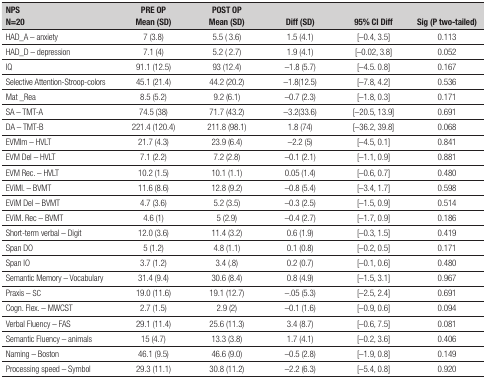
<table><thead><tr><td><b>NPSN=20</b></td><td><b>PRE OP Mean(SD)</b></td><td><b>POST OP Mean(SD)</b></td><td><b>Diff (SD)</b></td><td><b>95% CI Diff</b></td><td><b>Sig (Ptwo-tailed)</b></td></tr></thead><tbody><tr><td>HAD_A - anxiety</td><td>7 (3.8)</td><td>5.5 ( 3.6)</td><td>1.5 (4.1)</td><td>[-0.4, 3.5]</td><td>0.113</td></tr><tr><td>HAD_D - depression</td><td>7.1 (4)</td><td>5.2 ( 2.7)</td><td>1.9 (4.1)</td><td>[-0.02, 3.8]</td><td>0.052</td></tr><tr><td>IQ</td><td>91.1 (12.5)</td><td>93 (12.4)</td><td>-1.8 (5.7)</td><td>[-4.5. 0.8]</td><td>0.167</td></tr><tr><td>Selective Attention-Stroop-colors</td><td>45.1 (21.4)</td><td>44.2 (20.2)</td><td>-1.8(12.5)</td><td>[-7.8, 4.2]</td><td>0.536</td></tr><tr><td>Mat _Rea</td><td>8.5 (5.2)</td><td>9.2 (6.1)</td><td>-0.7 (2.3)</td><td>[-1.8, 0.3]</td><td>0.171</td></tr><tr><td>SA - TMT-A</td><td>74.5 (38)</td><td>71.7 (43.2)</td><td>-3.2(33.6)</td><td>[-20.5, 13.9]</td><td>0.691</td></tr><tr><td>DA - TMT-B</td><td>221.4 (120.4)</td><td>211.8 (98.1)</td><td>1.8 (74)</td><td>[-36.2, 39.8]</td><td>0.068</td></tr><tr><td>EVMIm - HVLT</td><td>21.7 (4.3)</td><td>23.9 (6.4)</td><td>-2.2 (5)</td><td>[-4.5, 0.1]</td><td>0.841</td></tr><tr><td>EVM Del - HVLT</td><td>7.1 (2.2)</td><td>7.2 (2.8)</td><td>-0.1 (2.1)</td><td>[-1.1, 0.9]</td><td>0.881</td></tr><tr><td>EVM Rec. - HVLT</td><td>10.2 (1.5)</td><td>10.1 (1.1)</td><td>0.05 (1.4)</td><td>[-0.6, 0.7]</td><td>0.480</td></tr><tr><td>EViMI. - BVMT</td><td>11.6 (8.6)</td><td>12.8 (9.2)</td><td>-0.8 (5.4)</td><td>[-3.4, 1.7]</td><td>0.598</td></tr><tr><td>EViM Del - BVMT</td><td>4.7 (3.6)</td><td>5.2 (3.5)</td><td>-0.3 (2.5)</td><td>[-1.5, 0.9]</td><td>0.514</td></tr><tr><td>EViM. Rec - BVMT</td><td>4.6 (1)</td><td>5 (2.9)</td><td>-0.4 (2.7)</td><td>[-1.7, 0.9]</td><td>0.186</td></tr><tr><td>Short-term verbal - Digit</td><td>12.0 (3.6)</td><td>11.4 (3.2)</td><td>0.6 (1.9)</td><td>[-0.3, 1.5]</td><td>0.419</td></tr><tr><td>Span DO</td><td>5 (1.2)</td><td>4.8 (1.1)</td><td>0.1 (0.8)</td><td>[-0.2, 0.5]</td><td>0.171</td></tr><tr><td>Span IO</td><td>3.7 (1.2)</td><td>3.4 (.8)</td><td>0.2 (0.7)</td><td>[-0.1, 0.6]</td><td>0.480</td></tr><tr><td>Semantic Memory - Vocabulary</td><td>31.4 (9.4)</td><td>30.6 (8.4)</td><td>0.8 (4.9)</td><td>[-1.5, 3.1]</td><td>0.967</td></tr><tr><td>Praxis - SC</td><td>19.0 (11.6)</td><td>19.1 (12.7)</td><td>-.05 (5.3)</td><td>[-2.5, 2.4]</td><td>0.691</td></tr><tr><td>Cogn. Flex. - MWCST</td><td>2.7 (1.5)</td><td>2.9 (2)</td><td>-0.1 (1.6)</td><td>[-0.9, 0.6]</td><td>0.094</td></tr><tr><td>Verbal Fluency - FAS</td><td>29.1 (11.4)</td><td>25.6 (11.3)</td><td>3.4 (8.7)</td><td>[-0.6, 7.5]</td><td>0.081</td></tr><tr><td>Semantic Fluency - animals</td><td>15 (4.7)</td><td>13.3 (3.8)</td><td>1.7 (4.1)</td><td>[-0.2, 3.6]</td><td>0.406</td></tr><tr><td>Naming - Boston</td><td>46.1 (9.5)</td><td>46.6 (9.0)</td><td>-0.5 (2.8)</td><td>[-1.9, 0.8]</td><td>0.149</td></tr><tr><td>Processing speed - Symbol</td><td>29.3 (11.1)</td><td>30.8 (11.2)</td><td>-2.2 (6.3)</td><td>[-5.4, 0.8]</td><td>0.920</td></tr></tbody></table>